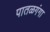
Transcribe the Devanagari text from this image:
पातळगंगा